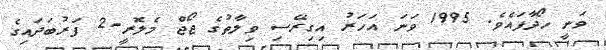
ވަނީ ހޯދާފައެވެ. 1995 ވަނަ އަހަރު އިގިރޭސި ވިލާތުގެ ޖޯޖް މެލޮރީ-2 ފަރުބަދައިގެ